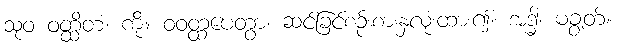
သုဝ ဝတ္ထိတံ၊ ကို။ ဝဝတ္ထပေတွာ၊ ဆင်ခြင်စဉ်းစားနှလုံးထား၍။ အဒ္ဓါ၊ မချွတ်။